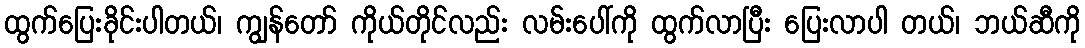
ထွက်ပြေးခိုင်းပါတယ်၊ ကျွန်တော် ကိုယ်တိုင်လည်း လမ်းပေါ်ကို ထွက်လာပြီး ပြေးလာပါ တယ်၊ ဘယ်ဆီကို